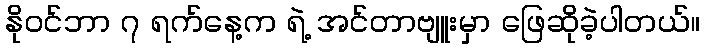
နိုဝင်ဘာ ၇ ရက်နေ့က ရဲ့ အင်တာဗျူးမှာ ဖြေဆိုခဲ့ပါတယ်။